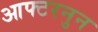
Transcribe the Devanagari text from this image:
आफ्टरनुन